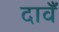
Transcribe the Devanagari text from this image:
दावँ